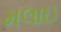
મલાઇ